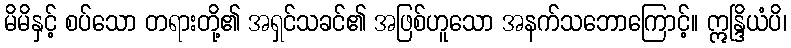
မိမိနှင့် စပ်သော တရားတို့၏ အရှင်သခင်၏ အဖြစ်ဟူသော အနက်သဘောကြောင့်။ ဣန္ဒြိယံပိ၊